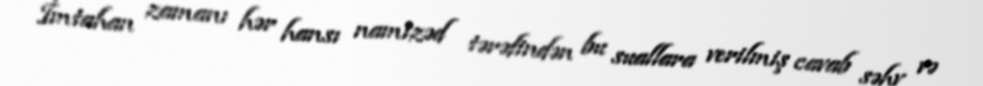
İmtahan zamanı hər hansı namizəd tərəfindən bu suallara verilmiş cavab səhv və